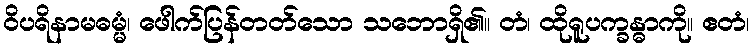
ဝိပရိနာမဓမ္မံ၊ ဖေါက်ပြန်တတ်သော သဘောရှိ၏။ တံ၊ ထိုရူပက္ခန္ဓာကို။ ဧတံ၊